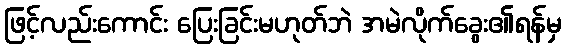
ဖြင့်လည်းကောင်း ပြေးခြင်းမဟုတ်ဘဲ အမဲလိုက်ခွေး၏ရန်မှ